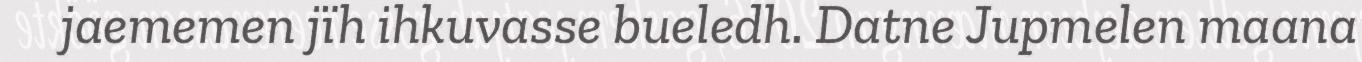
jaememen jïh ihkuvasse bueledh. Datne Jupmelen maana